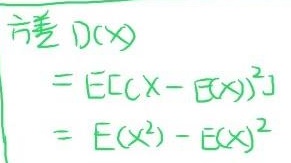
方差 $D(x)$
\[
\begin{align*}
&= E[(x - E(x))^2]\\
&= E(x^2) - E(x)^2
\end{align*}
\]